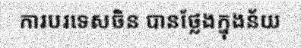
ការបរទេសចិន បានថ្លែងក្នុងន័យ